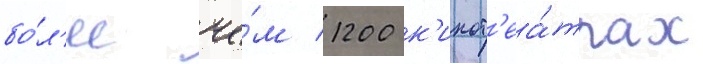
бо́л'ее че́м 1200 к'инот'еа́трах